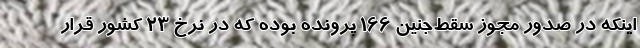
اینکه در صدور مجوز سقط‌جنین ۱۶۶ پرونده بوده که در نرخ ۲۳ کشور قرار